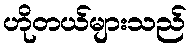
ဟိုတယ်များသည်